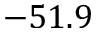
- 5 1 . 9